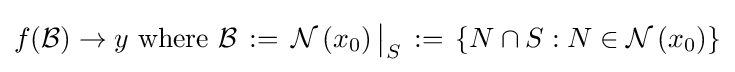
f({\mathcal {B}})\to y{\text{ where }}{\mathcal {B}}\,:=\,{\mathcal {N}}\left(x_{0}\right){\big \vert }_{S}\,:=\,\left\{N\cap S:N\in {\mathcal {N}}\left(x_{0}\right)\right\}